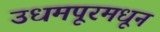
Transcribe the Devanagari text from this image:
उधमपूरमधून